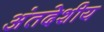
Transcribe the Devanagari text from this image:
अंतदेशीय